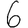
Digit: 6